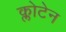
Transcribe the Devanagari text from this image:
क्लोटेन